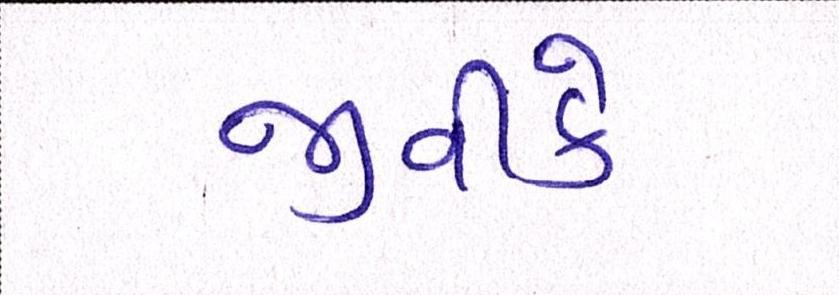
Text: જીવીકે